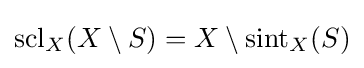
\operatorname {scl} _{X}(X\setminus S)=X\setminus \operatorname {sint} _{X}(S)